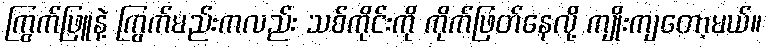
ကြွက်ဖြူနဲ့ ကြွက်မည်းကလည်း သစ်ကိုင်းကို ကိုက်ဖြတ်နေလို့ ကျိုးကျတော့မယ်။